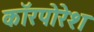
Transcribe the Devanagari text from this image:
कॉरपोरेश